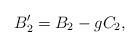
LaTeX: \begin{align*}B_2^\prime = B_2 - g C_2, \end{align*}